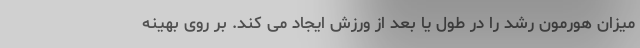
میزان هورمون رشد را در طول یا بعد از ورزش ایجاد می کند. بر روی بهینه